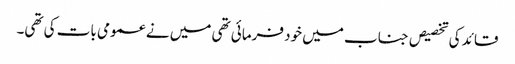
قائد کی تخصیص جناب میں خود فرمائی تھی میں نے عمومی بات کی تھی۔